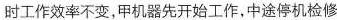
时工作效率不变，甲机器先开始工作，中途停机检修